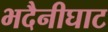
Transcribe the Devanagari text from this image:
भदैनीघाट